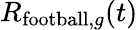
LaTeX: R_{\mathrm{football},g}(t)